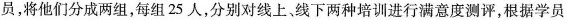
员，将他们分成两组，每组25人，分别对线上、线下两种培训进行满意度测评，根据学员